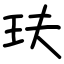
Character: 玞